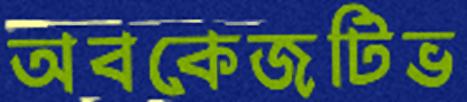
অবকেজটিভ